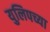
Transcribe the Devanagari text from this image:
युलिपच्या